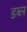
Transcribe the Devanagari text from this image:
डब्ल